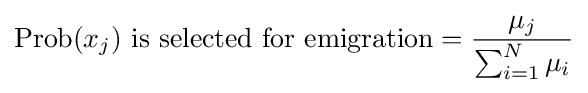
{\text{Prob}}(x_{j}){\text{ is selected for emigration}}={\frac {\mu _{j}}{\sum _{i=1}^{N}\mu _{i}}}